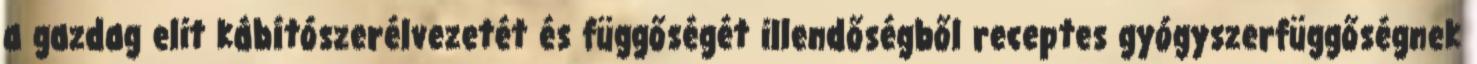
a gazdag elit kábítószerélvezetét és függőségét illendőségből receptes gyógyszerfüggőségnek